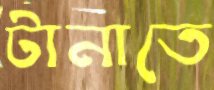
টানাতে